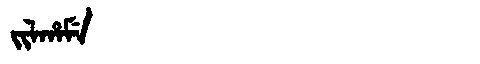
Manchu: ᠵᡳᠯᡥᠠᠮᡝ
Romanization: JILHAME